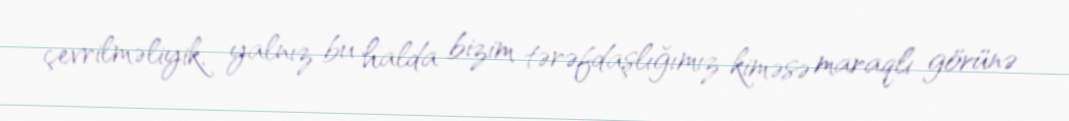
çevrilməliyik, yalnız bu halda bizim tərəfdaşlığımız kiməsə maraqlı görünə